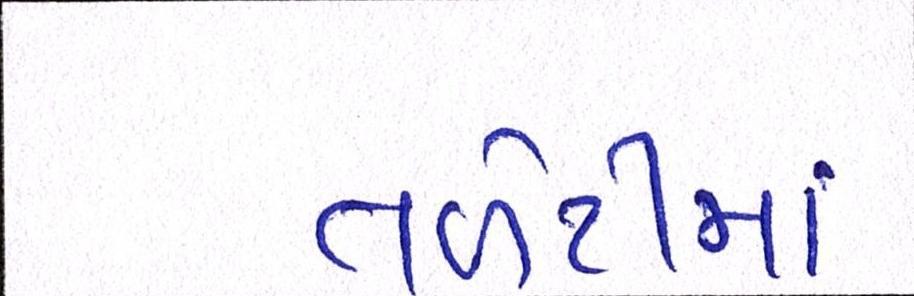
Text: તળેટીમાં